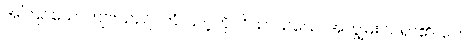
အကြင်ယောကျ်ားသည်။ တံ၊ သင့်ကို။ ဝိသာသယေ၊ အကျွမ်းဝင်ရာ၏။ တေ၊